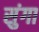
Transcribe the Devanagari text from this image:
सुंगा